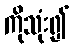
ကိုသုံး၍